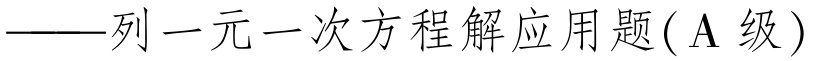
——列一元一次方程解应用题($\mathrm{A}$级)